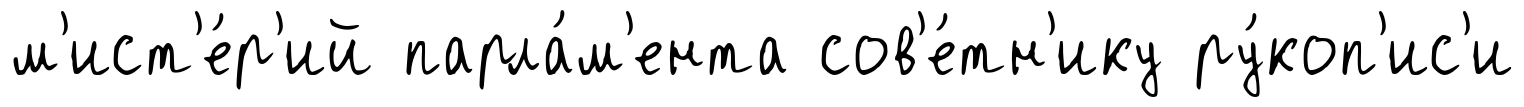
м'ист'е́р'ий парла́м'ента сов'е́тн'ику ру́коп'ис'и